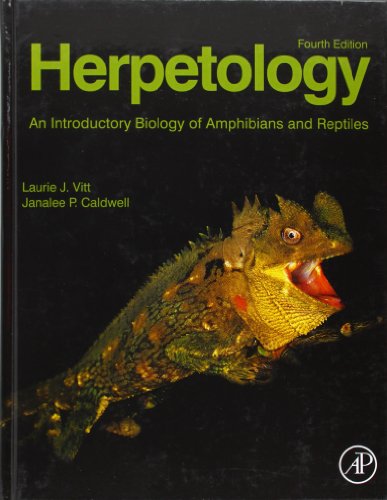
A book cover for Herpetology, Fourth Edition: An Introductory Biology of Amphibians and Reptiles; Laurie J. Vitt; Science & Math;